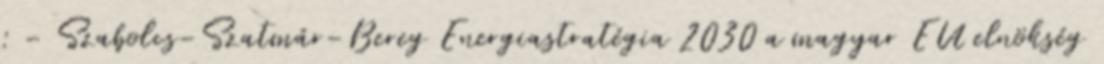
: - Szabolcs-Szatmár-Bereg Energiastratégia 2030 a magyar EU elnökség